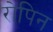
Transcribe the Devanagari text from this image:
रोपिन